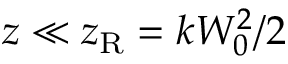
z \ll z _ { \mathrm { R } } = k W _ { 0 } ^ { 2 } / 2